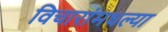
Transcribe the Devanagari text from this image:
विचारांमधल्या